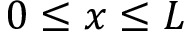
0 \le x \le L